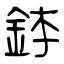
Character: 鉢